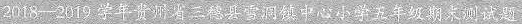
2018——2019学年贵州省三德县雪洞镇中心小学五年级期末测试题